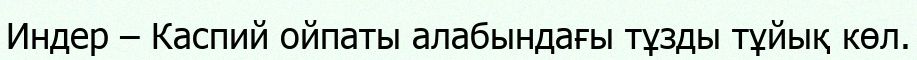
Индер – Каспий ойпаты алабындағы тұзды тұйық көл.